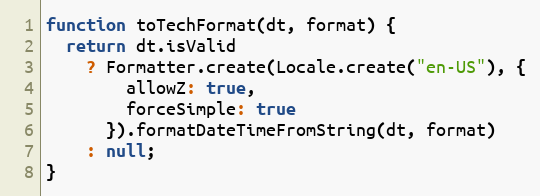
Language: JavaScript
function toTechFormat(dt, format) {
  return dt.isValid
    ? Formatter.create(Locale.create("en-US"), {
        allowZ: true,
        forceSimple: true
      }).formatDateTimeFromString(dt, format)
    : null;
}